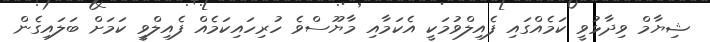
ޝިޔާމް ވިދާޅުވީ ކަމެއްގައި ފެއިލްވުމަކީ އެކަމާއި މާޔޫސްވެ ހުރިހައިކަމެއް ފެއިލްވީ ކަމަށް ބަލައިގެން